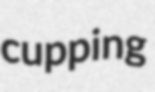
cupping